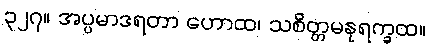
၃၂၇။ အပ္ပမာဒရတာ ဟောထ၊ သစိတ္တမနုရက္ခထ။